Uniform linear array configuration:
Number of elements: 64
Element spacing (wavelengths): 0.25
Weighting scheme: exponential
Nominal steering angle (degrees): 15
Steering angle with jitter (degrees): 13.854
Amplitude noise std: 0.05
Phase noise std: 0.05

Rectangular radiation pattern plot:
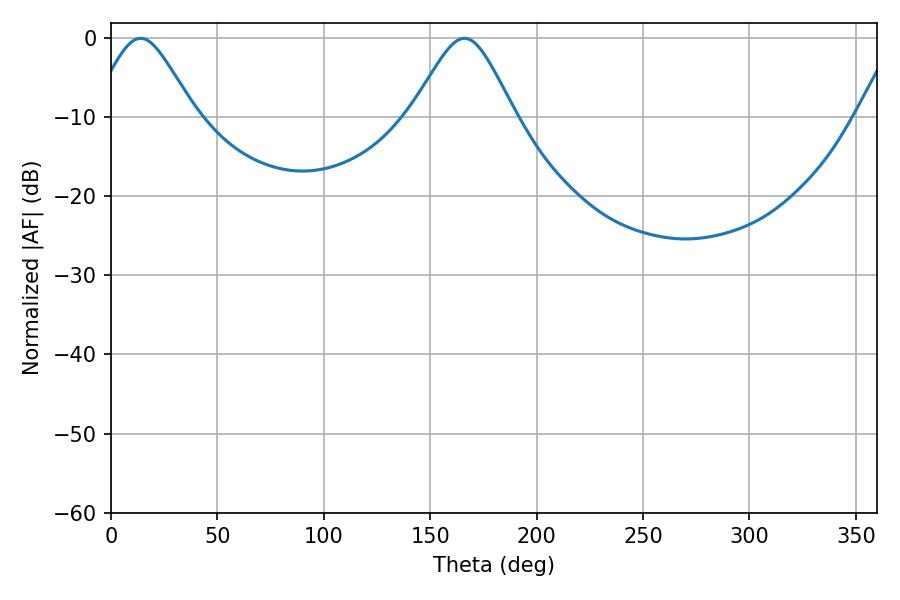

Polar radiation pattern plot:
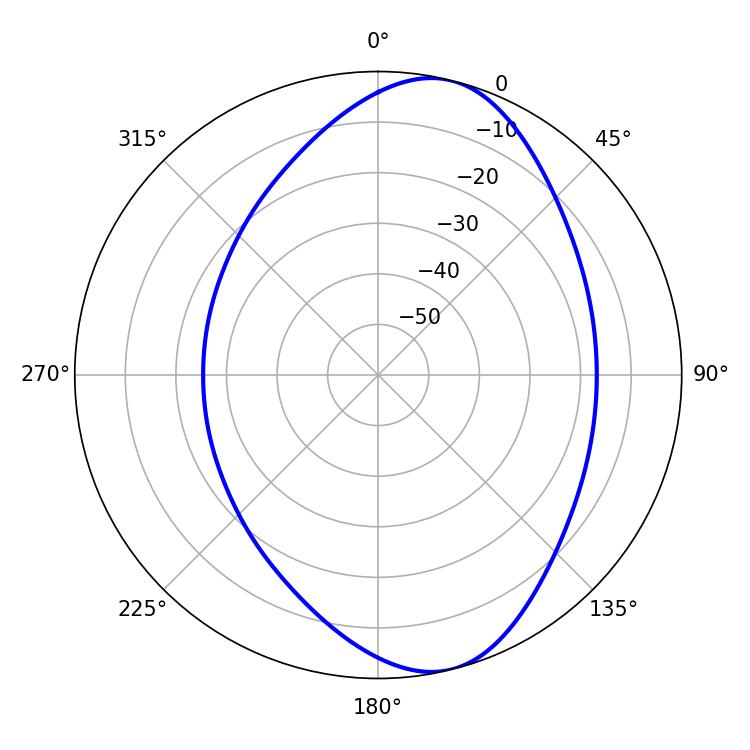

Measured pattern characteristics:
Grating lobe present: FALSE
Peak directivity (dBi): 8.714
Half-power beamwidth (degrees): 23.76
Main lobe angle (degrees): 13.86